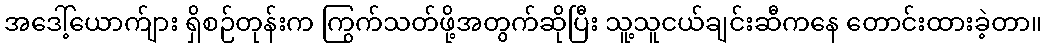
အဒေါ့်ယောက်ျား ရှိစဉ်တုန်းက ကြွက်သတ်ဖို့အတွက်ဆိုပြီး သူ့သူငယ်ချင်းဆီကနေ တောင်းထားခဲ့တာ။